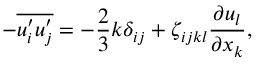
- \overline { { u _ { i } ^ { \prime } u _ { j } ^ { \prime } } } = - \frac { 2 } { 3 } k \delta _ { i j } + \zeta _ { i j k l } \frac { \partial u _ { l } } { \partial x _ { k } } ,